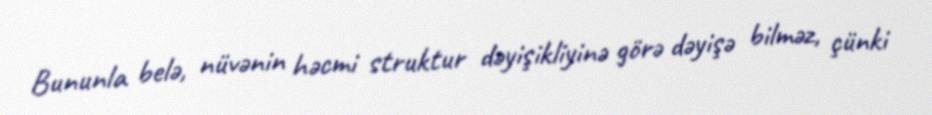
Bununla belə, nüvənin həcmi struktur dəyişikliyinə görə dəyişə bilməz, çünki